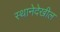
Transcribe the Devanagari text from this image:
स्थानेदेखील